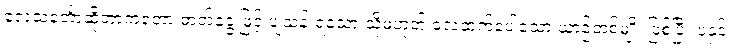
လေသင်္ဘောဆိုတာကတော့ ဓာတ်ငွေ့ဖြင့် ပျံသန်းရသော သို့မဟုတ် လေထက်ပေါ့သော ယာဉ်တစ်မျိုး ဖြစ်ပြီး ပဲ့နှင့်